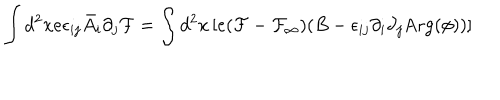
LaTeX: \int d ^ { 2 } x e \epsilon _ { i j } \bar { A } _ { i } \partial _ { j } { \cal F } = \int d ^ { 2 } x \left[ e ( { \cal F } - { \cal F _ { \infty } } ) ( B - \epsilon _ { i j } \partial _ { i } \partial _ { j } \mathrm { A r g } ( \phi ) ) \right]